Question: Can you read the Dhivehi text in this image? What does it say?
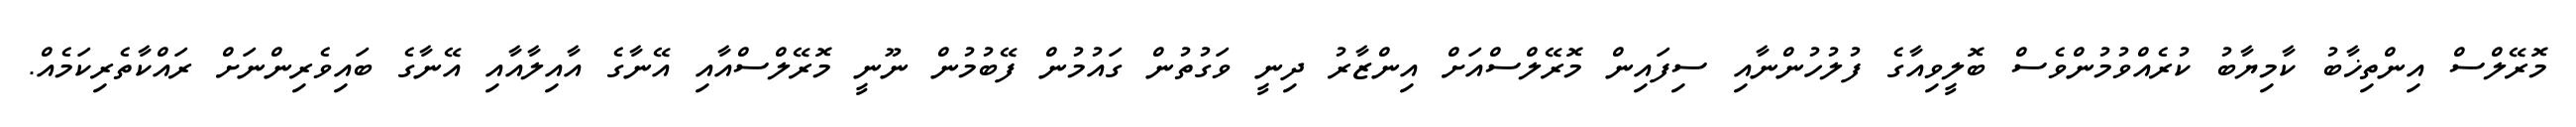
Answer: މޮރޭލްސް އިންތިޚާބު ކާމިޔާބު ކުރެއްވުމުންވެސް ބޮލީވިއާގެ ފުލުހުންނާއި ސިފައިން މޮރޭލްސްއަށް އިންޒާރު ދިނީ ވަގުތުން ގައުމުން ފޭބުމުން ނޫނީ މޮރޭލްސްއާއި އޭނާގެ އާއިލާއާއި އޭނާގެ ބައިވެރިންނަށް ރައްކާތެރިކަމެއް.